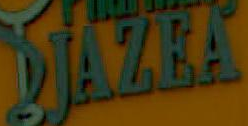
DJAZEA